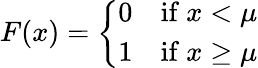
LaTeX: F(x)={\left\{ \begin{array}{ll}{0}&{{\mathrm{if~}}x<\mu}\\ {1}&{{\mathrm{if~}}x\geq\mu}\end{array}\right.}